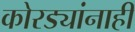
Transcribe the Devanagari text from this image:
कोरड्यांनाही